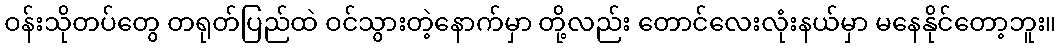
ဝန်းသိုတပ်တွေ တရုတ်ပြည်ထဲ ဝင်သွားတဲ့နောက်မှာ တို့လည်း တောင်လေးလုံးနယ်မှာ မနေနိုင်တော့ဘူး။